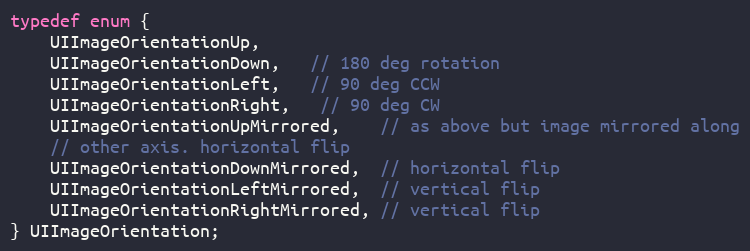
Language: C
typedef enum {
    UIImageOrientationUp,
    UIImageOrientationDown,   // 180 deg rotation
    UIImageOrientationLeft,   // 90 deg CCW
    UIImageOrientationRight,   // 90 deg CW
    UIImageOrientationUpMirrored,    // as above but image mirrored along
    // other axis. horizontal flip
    UIImageOrientationDownMirrored,  // horizontal flip
    UIImageOrientationLeftMirrored,  // vertical flip
    UIImageOrientationRightMirrored, // vertical flip
} UIImageOrientation;